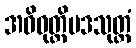
အဓိဝုတ္တိပဒသုတ္တံ